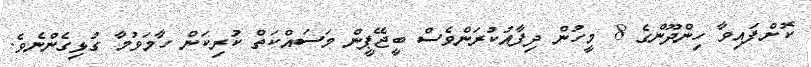
ކޮށްފައިވާ ހިންދޫންގެ 8 މީހުން ދިފާއުކުރަންވެސް ބީޖޭޕީން މަސައްކަތް ކުރިކަން ހާމަވުމާ ގުޅިގެންނެވެ.